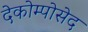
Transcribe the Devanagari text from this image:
देकोम्पोसेद